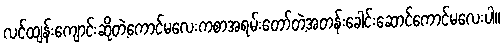
လင်ထျန်းကျောင်းဆိုတဲ့ကောင်မလေးကစာအရမ်းတော်တဲ့အတန်းခေါင်းဆောင်ကောင်မလေးပါ။